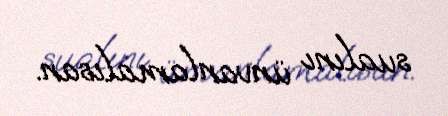
sualını ünvanlamalısan.